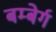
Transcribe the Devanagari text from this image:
बम्बेर्ग